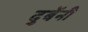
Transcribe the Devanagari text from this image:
दुबेंनी